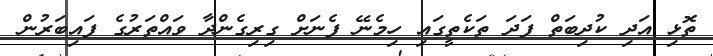
ތޮޅި އަދި ކުދިބަތް ފަދަ ތަކެތީގައި ހިމެނޭ ފެނަށް ގިރިގެންދާ ވައްތަރުގެ ފައިބަރުން